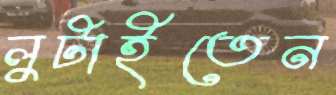
লুটাইতেন